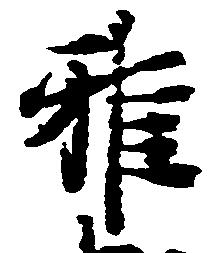
雅